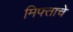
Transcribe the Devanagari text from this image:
मिफ्ताचे